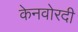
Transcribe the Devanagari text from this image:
केनवोरदी